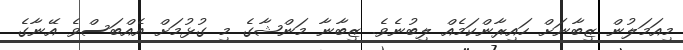
މިއަމަލުން ޒިބާނަށް ހައިރާންކަމެއް ލިބުނެވެ. ޒިބާނާ މަންޝާގެ މި ގުޅުމަށް އެއްބަސްވެ އޭނާގެ